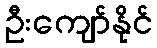
ဦးကျော်နိုင်